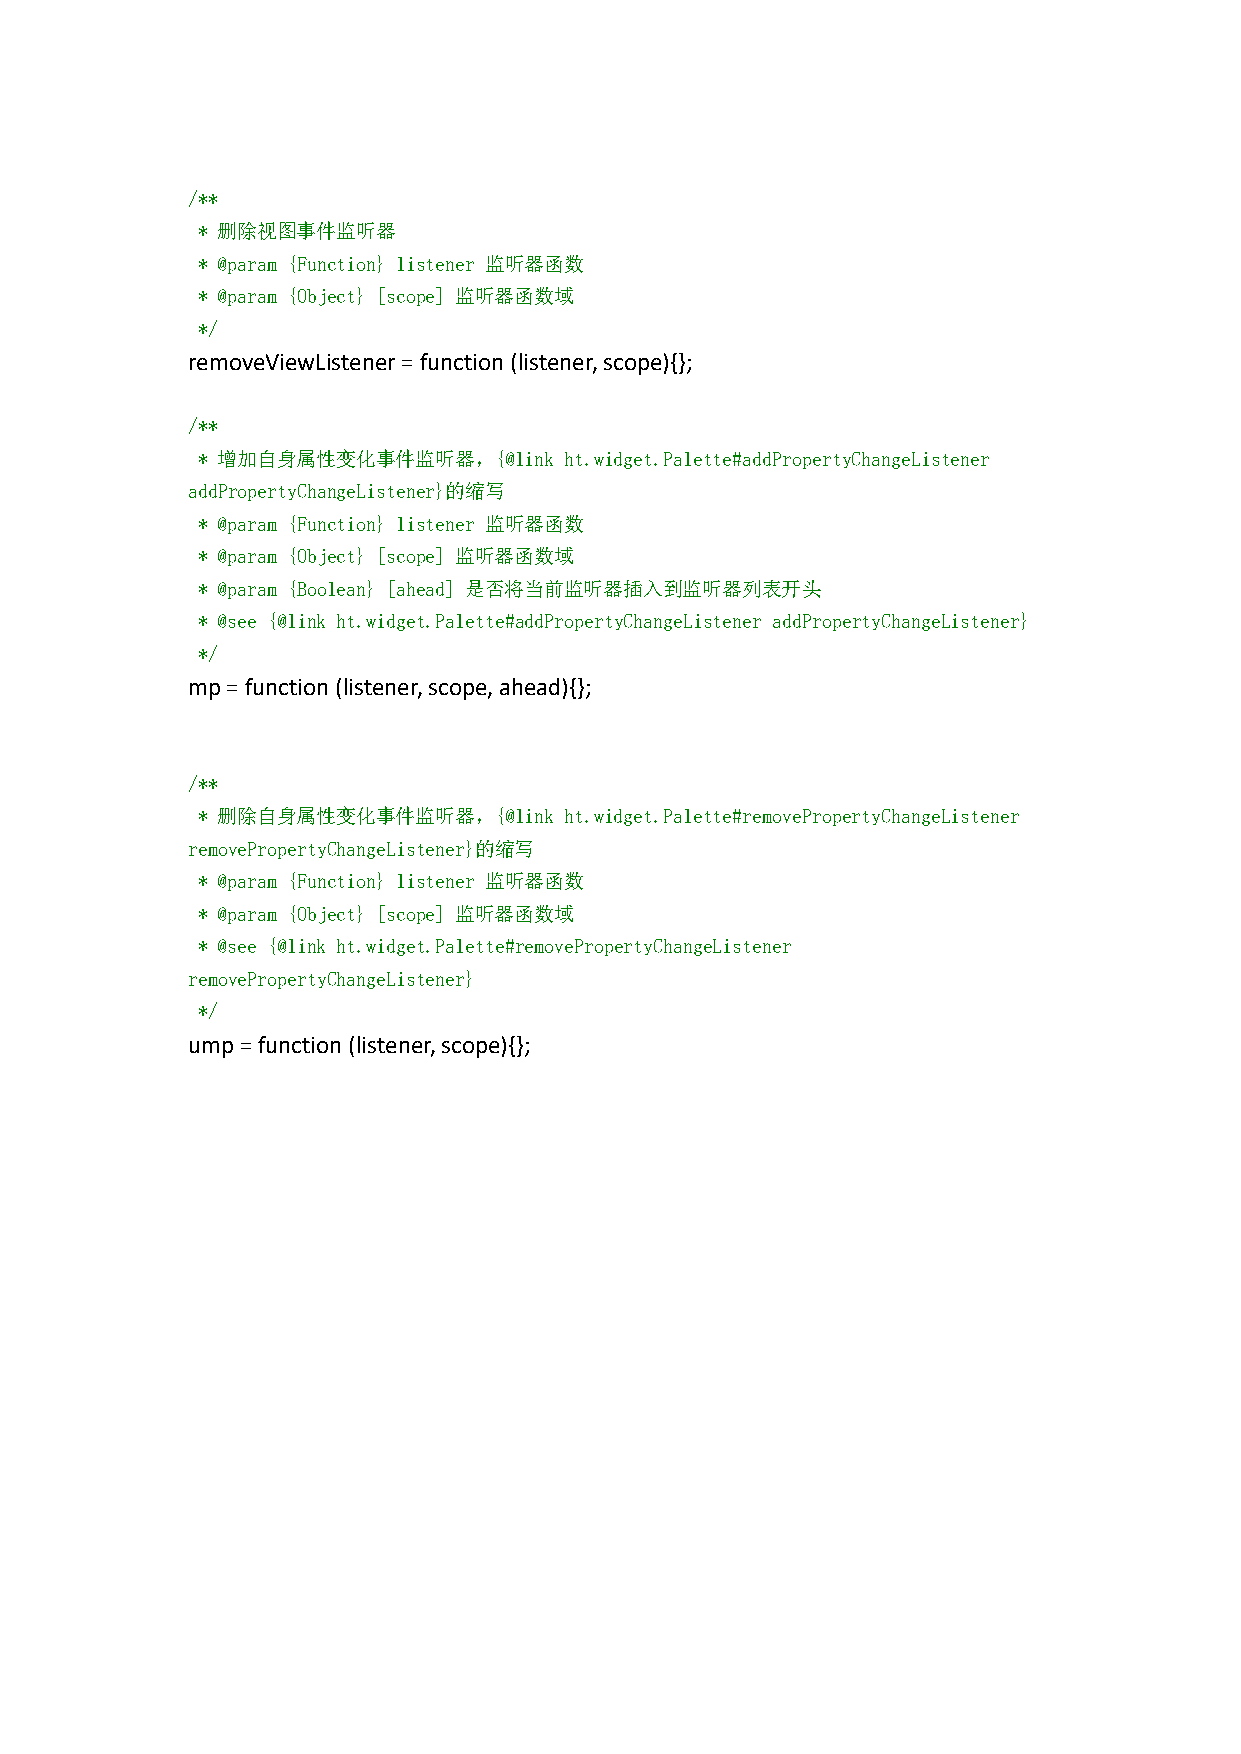
/**
 * 删除视图事件监听器
 * @param {Function} listener 监听器函数
 * @param {Object} [scope] 监听器函数域
 */
 removeViewListener=function(listener,scope){};
 /**
 * 增加自身属性变化事件监听器，{@link  ht.widget.Palette#addPropertyChangeListener
 addPropertyChangeListener}的缩写
 * @param {Function} listener 监听器函数
 * @param {Object} [scope] 监听器函数域
 * @param {Boolean} [ahead] 是否将当前监听器插入到监听器列表开头
 * @see {@link ht.widget.Palette#addPropertyChangeListener addPropertyChangeListener}
 */
 mp=function(listener,scope,ahead){};
 /**
 * 删除自身属性变化事件监听器，{@link  ht.widget.Palette#removePropertyChangeListener
 removePropertyChangeListener}的缩写
 * @param {Function} listener 监听器函数
 * @param {Object} [scope] 监听器函数域
 * @see {@link ht.widget.Palette#removePropertyChangeListener
 removePropertyChangeListener}
 */
 ump=function(listener,scope){};